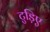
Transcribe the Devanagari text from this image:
टुड़िए